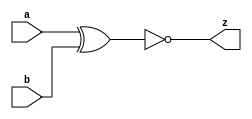
//#############################################################################
//# Function: 2-Input Exclusive-NOr Gate                                      #
//# Copyright: OH Project Authors. ALl rights Reserved.                       #
//# License:  MIT (see LICENSE file in OH repository)                         # 
//#############################################################################

module oh_xnor2 #(parameter DW = 1 ) // array width
   (
    input [DW-1:0]  a,
    input [DW-1:0]  b,
    output [DW-1:0] z
    );
   
   assign z =  ~(a ^ b);
   
endmodule